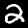
Digit: 2